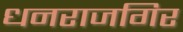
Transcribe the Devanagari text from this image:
धनराजगिर